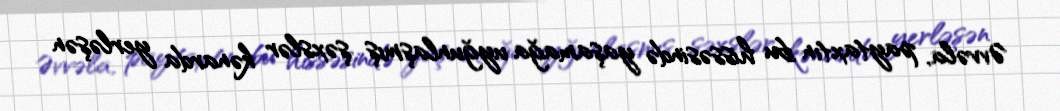
Əvvəla, paytaxtın bu hissəsində yaşamağa uyğunlaşmış şəxslər kənarda yerləşən